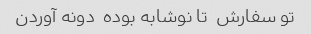
تو سفارش  تا نوشابه بوده  دونه آوردن